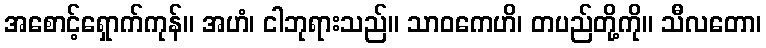
အစောင့်ရှောက်ကုန်။ အဟံ၊ ငါဘုရားသည်။ သာဝကေဟိ၊ တပည်တို့ကို။ သီလတော၊